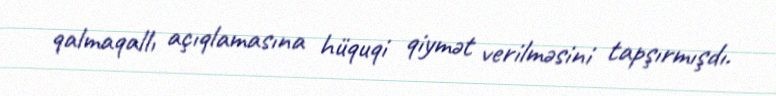
qalmaqallı açıqlamasına hüquqi qiymət verilməsini tapşırmışdı.